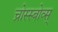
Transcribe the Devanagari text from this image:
च्रोस्स्बोव्स्